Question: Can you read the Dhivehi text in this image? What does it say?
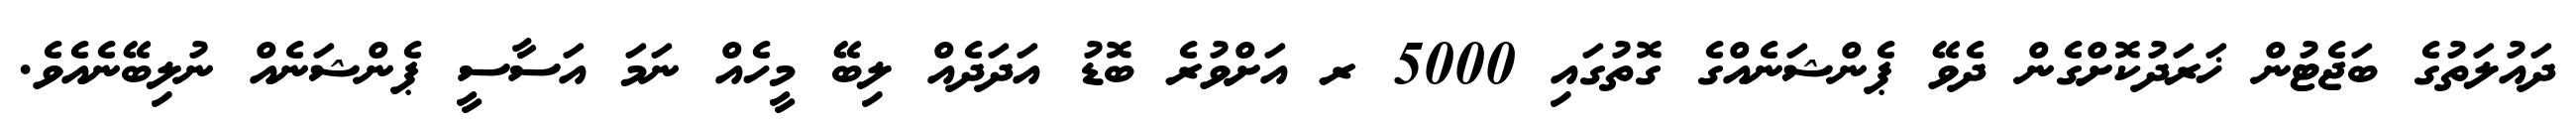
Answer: ދައުލަތުގެ ބަޖެޓުން ޚަރަދުކޮށްގެން ދެވޭ ޕެންޝަނެއްގެ ގޮތުގައި 5000 ރ އަށްވުރެ ބޮޑު އަދަދެއް ލިބޭ މީހެއް ނަމަ އަސާސީ ޕެންޝަނެއް ނުލިބޭނެއެވެ.